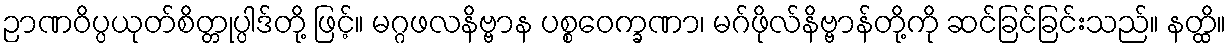
ဉာဏဝိပ္ပယုတ်စိတ္တုပ္ပါဒ်တို့ ဖြင့်။ မဂ္ဂဖလနိဗ္ဗာန ပစ္စဝေက္ခဏာ၊ မဂ်ဖိုလ်နိဗ္ဗာန်တို့ကို ဆင်ခြင်ခြင်းသည်။ နတ္ထိ။